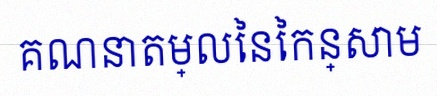
គណនាតម្លៃនៃកន្សោម